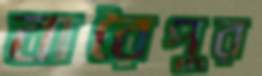
বারৈপুর